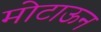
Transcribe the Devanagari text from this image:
मोटाऊन